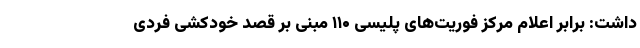
داشت: برابر اعلام مرکز فوریت‌های پلیسی ۱۱۰ مبنی بر قصد خودکشی فردی